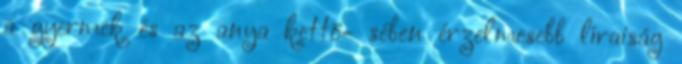
a gyermek és az anya kettő- sében érzelmesebb líraiság